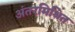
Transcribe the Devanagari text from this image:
अंतरमिश्रित